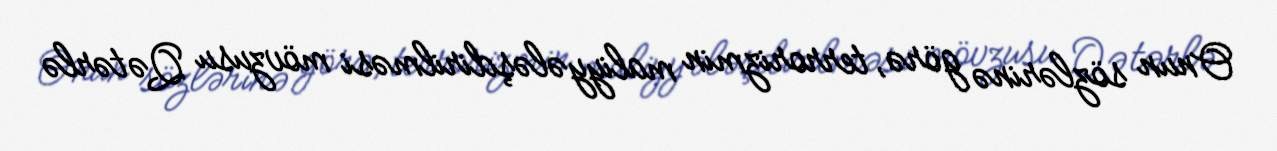
Onun sözlərinə görə, terrorizmin maliyyələşdirilməsi mövzusu Qətərlə